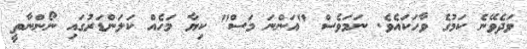
ވަދެވޭނެ ކަމުގެ ވާހަކައެވެ. ނަމަވެސް "އަންނަ މަސް" ކިޔާ މަހެއް ކަލަންޑަރުގައި ނޯންނާތީ